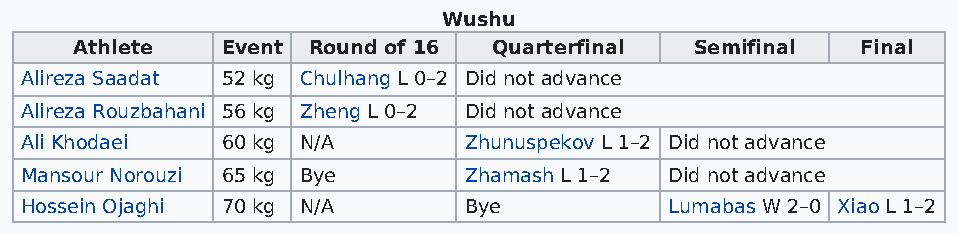
Wushu
 Athlete   Event Round of 16 Quarterfinal Semifinal  Final
 Alireza Saadat 52 kg Chulhang L 0–2 Did not advance
 Alireza Rouzbahani 56 kg Zheng L 0–2 Did not advance
 Ali Khodaei   60 kg N/A       Zhunuspekov L 1–2 Did not advance
 Mansour Norouzi 65 kg Bye     Zhamash L 1–2 Did not advance
 Hossein Ojaghi 70 kg N/A      Bye          Lumabas W 2–0 Xiao L 1–2